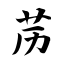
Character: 苈